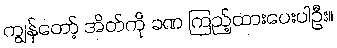
ကျွန်တော့် အိတ်ကို ခဏ ကြည့်ထားပေးပါဦး။